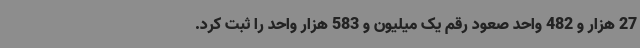
27 هزار و 482 واحد صعود رقم یک میلیون و 583 هزار واحد را ثبت کرد.